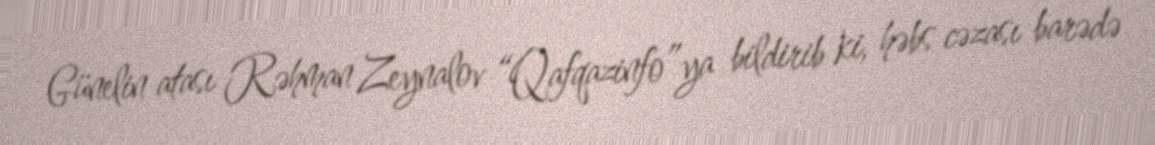
Günelin atası Rəhman Zeynalov “Qafqazinfo”ya bildirib ki, həbs cəzası barədə